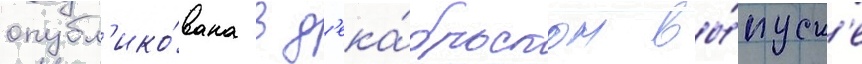
опубл'ико́вана в д'ека́брьском вы́пуск'е